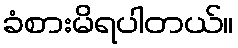
ခံစားမိရပါတယ်။